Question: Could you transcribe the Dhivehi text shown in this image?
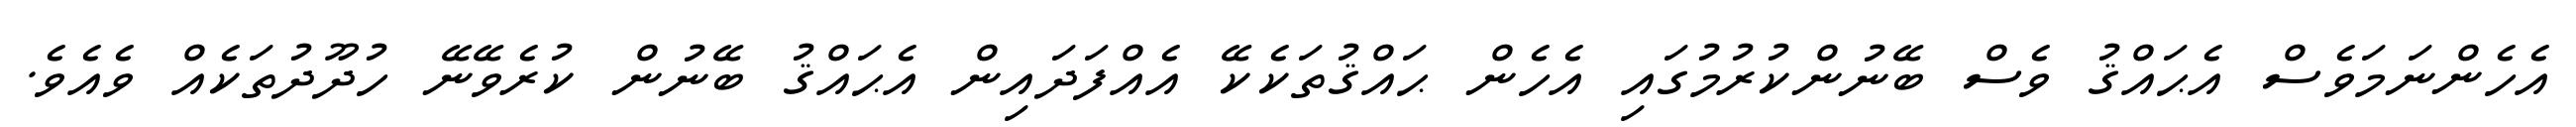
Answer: އެހެންނަމަވެސް އެޙައްޤު ވެސް ބޭނުންކުރުމުގައި އެހެން ޙައްޤުތަކެކޭ އެއްފަދައިން އެޙައްޤު ބޭނުން ކުރެވޭނޭ ހުދޫދުތަކެއް ވެއެވެ.